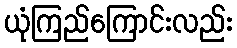
ယုံကြည်ကြောင်းလည်း